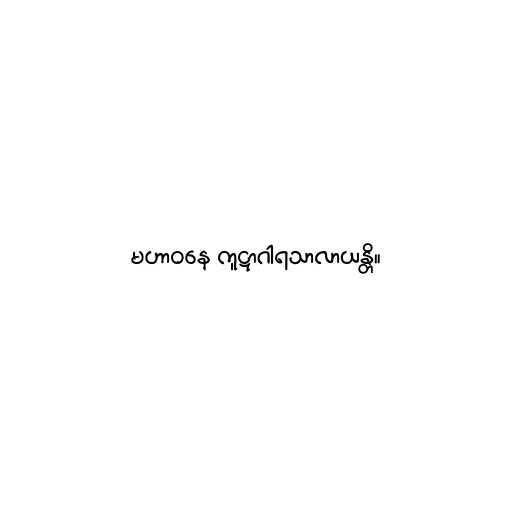
မဟာဝနေ ကူဋာဂါရသာလာယန္တိ။